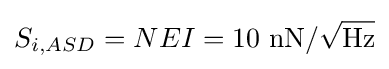
S_{i,ASD}=NEI=10~\mathrm {nN} /{\sqrt {\mathrm {Hz} }}